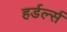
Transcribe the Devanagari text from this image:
हर्डर्ल्स